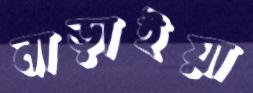
নাড়াইয়া